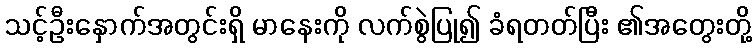
သင့်ဦးနှောက်အတွင်းရှိ မာနေးကို လက်စွဲပြု၍ ခံရတတ်ပြီး ၏အတွေးတို့